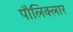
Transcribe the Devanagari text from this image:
पौलिक्लार